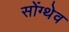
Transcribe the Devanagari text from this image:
सोंग्थेव